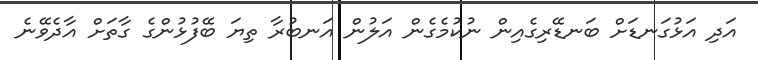
އަދި އަޅުގަނޑަށް ބަނޑޭރިގެއިން ނުކުމެގެން އަލުން އަނބުރާ ތިޔަ ބޭފުޅުންގެ ގާތަށް އާދެވޭނެ